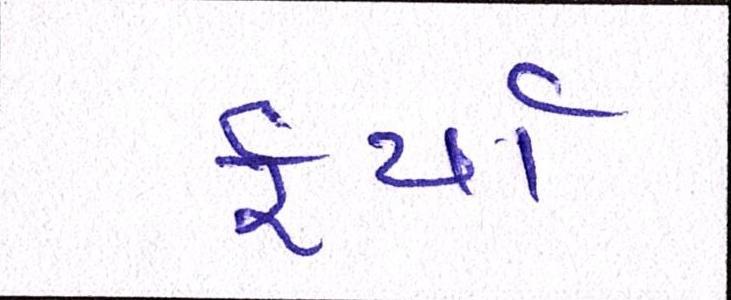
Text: ફર્યા